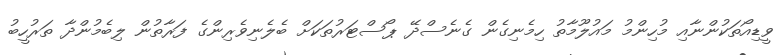
ވީޑިއޯތަކުންނާއި މުހިންމު މައުލޫމާތު ހިމެނިގެން ގެނެސްދޭ ޕޯސްޓަރުތަކަށް ބެލެނިވެރިންގެ ފަރާތުން ލިބެމުންދާ ތަރުހީބު